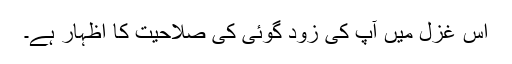
اس غزل میں آپ کی زود گوئی کی صلاحیت کا اظہار ہے۔